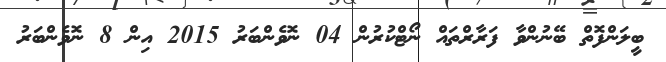
ބީލަންފޮތް ބޭނުންވާ ފަރާރްތައް ނޯޓްކުރުން 04 ނޮވެންބަރު 2015 އިން 8 ނޮވެންބަރު